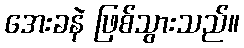
အေးခနဲ ဖြစ်သွားသည်။